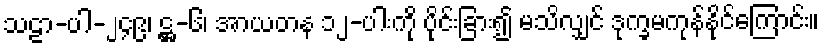
သဠာ-ပါ-၂၄၉၊ ဋ္ဌ-၆၊ အာယတန ၁၂-ပါးကို ပိုင်းခြား၍ မသိလျှင် ဒုက္ခမကုန်နိုင်ကြောင်း။